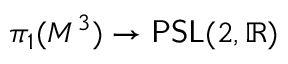
\pi _ { 1 } ( M ^ { 3 } ) \to { \sf P S L } ( 2 , \mathbb { R } )